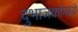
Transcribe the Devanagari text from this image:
दुभाजकांमध्ये